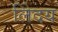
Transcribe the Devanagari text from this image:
लेिदय